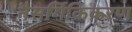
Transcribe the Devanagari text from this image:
नैसर्गिकिकरण